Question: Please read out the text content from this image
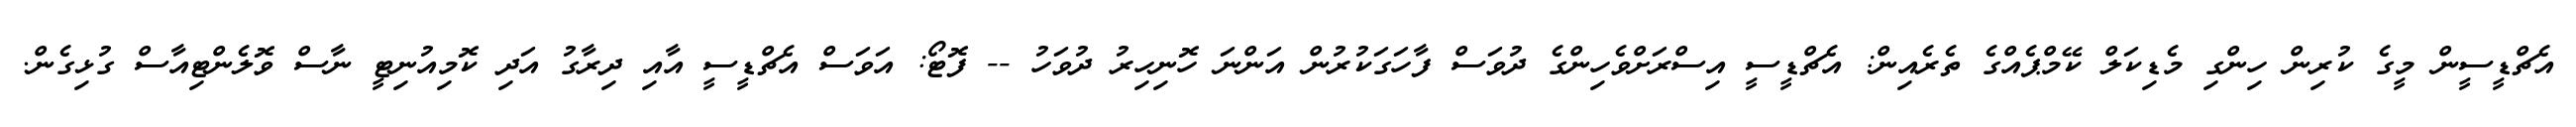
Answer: އެޗްޑީސީން މީގެ ކުރިން ހިންގި މެޑިކަލް ކޭމްޕެއްގެ ތެރެއިން: އެޗްޑީސީ އިސްރަށްވެހިންގެ ދުވަސް ފާހަގަކުރުން އަންނަ ހޮނިހިރު ދުވަހު -- ފޮޓޯ: އަވަސް އެޗްޑީސީ އާއި ދިރާގު އަދި ކޮމިއުނިޓީ ނާސް ވޮލެންޓިއާސް ގުޅިގެން.